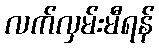
လက်လှမ်းမီရန်